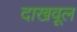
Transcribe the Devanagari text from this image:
दाखवूल